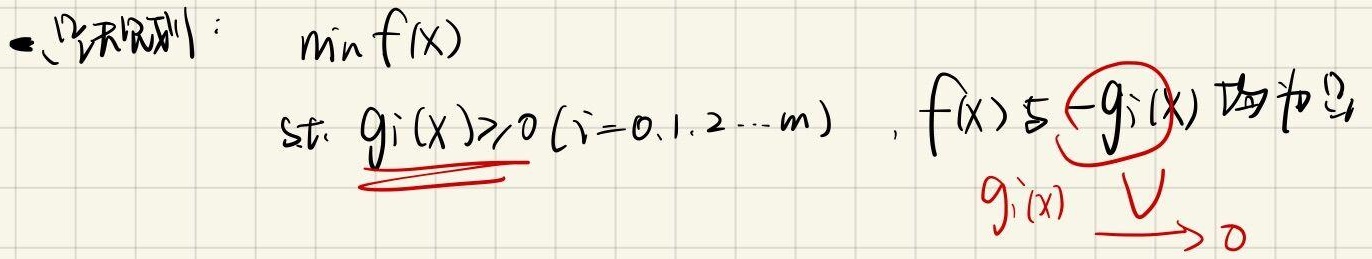
\begin{align*}
&\min f(x)\\
&\text{s.t. } g_i(x)\geq0 (i = 0,1,2,\cdots,m),\ f(x)\leq -g_i(x)\text{ 均为凸}
\end{align*}